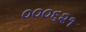
૦૦૦૬૨૧